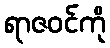
ရာဇဝင်ကို